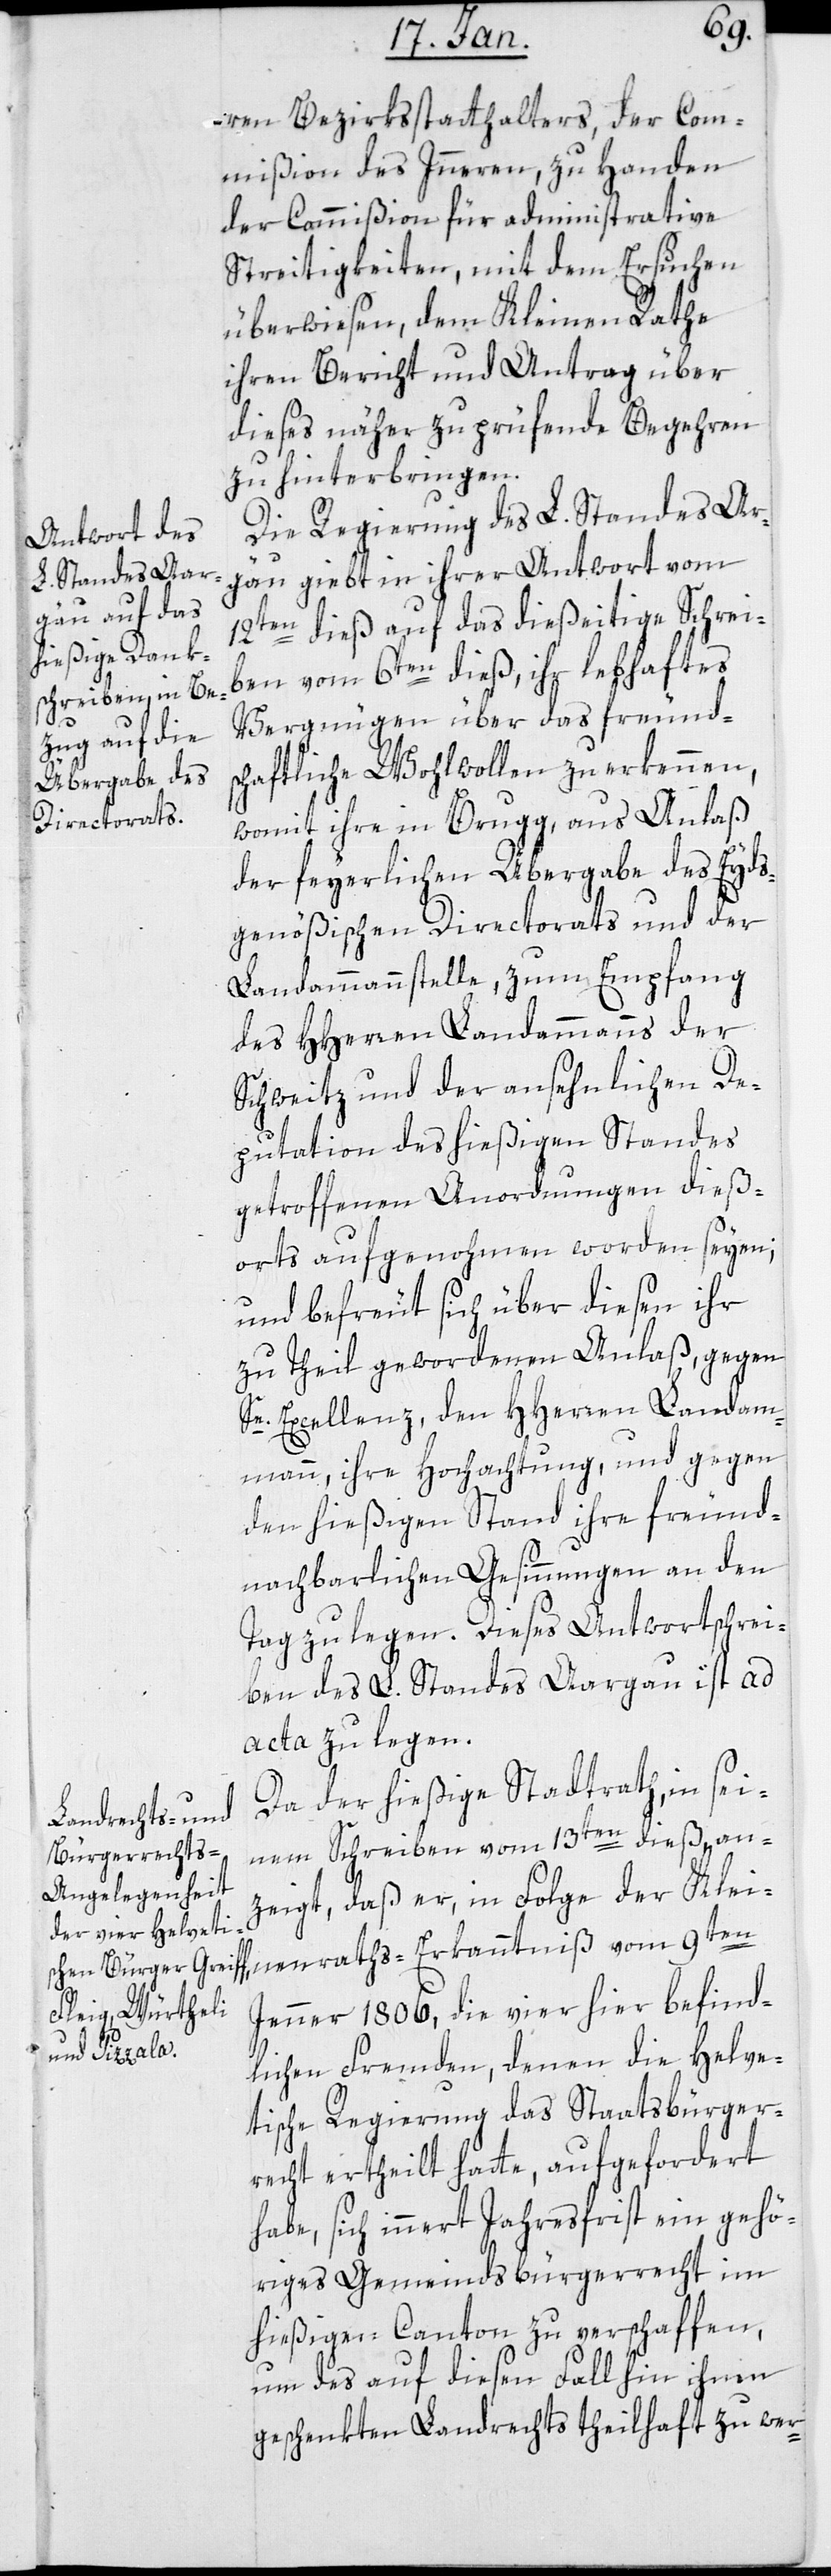
ren Bezirksstatthalters,, der Com¬
mißion des Inneren, zu Handen
der Commißion für administrative
Streitigkeiten, mit dem Ersuchen
überwiesen, dem Kleinen Rathe
ihren Bericht und Antrag über
dieses näher zu prüfende Begehren
zu hinterbringen.
Die Regierung des L. Standes Ar¬
gäu giebt in ihrer Antwort vom
12ten dieß auf das dießeitige Schrei¬
ben vom 6ten dieß, ihr lebhaftes
Vergnügen über das freunds¬
chaftliche Wohlwollen zu erkennen,
womit ihre in Brugg, aus Anlaß
der feyerlichen Übergabe des Eyds¬
genößischen Directorats und der
Landammannstelle, zum Empfang
des HHerren Landammanns der
Schweitz und der ansehnlichen De¬
putation des hießigen Standes
getroffenen Anordnungen dieß¬
orts aufgenohmen worden seyen;
und befreut sich über diesen ihr
zu Theil gewordenen Anlaß, gegen
Se. Excellenz, den HHerren Landam¬
mann, ihre Hochachtung, und gegen
den hießigen Stand ihre freund¬
nachbarlichen Gesinnungen an den
Tag zu legen. Dieses Antwortschrei¬
ben des L. Standes Aargau ist ad
acta zu legen.
Da der hießige Stadtrath, in sei¬
nem Schreiben vom 13ten dieß, an¬
zeigt, daß er, in Folge der Klei¬
nenraths-Erkanntniß vom 9ten
Jenner 1806, die vier hier befind¬
lichen Fremden, denen die Helve¬
tische Regierung das Staatsbürger¬
recht ertheilt hatte, aufgefordert
habe, sich innert Jahresfrist ein gehö¬
riges Gemeinsbürgerrecht im
hießigen Canton zu verschaffen,
um des auf diesen Fall hin ihnen
geschenkten Landrechts theilhaft zu wer-